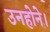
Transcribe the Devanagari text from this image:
उनहोने।